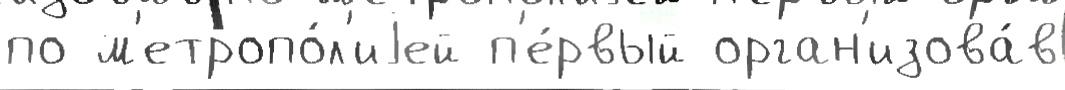
по м'етропо́л'иjей п'е́рвый орган'изова́в